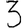
Digit: 3